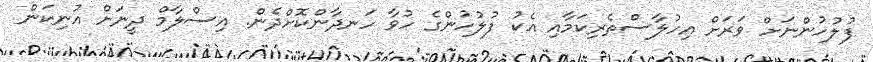
ފުލުހުންނަށް ވަރަށް އިހުލާސްތެރިކަމާއި އެކު ފުލުހުންގެ ހުވާ ހަނދާންކޮށްދެން. އިސްލާމް ދީނަށް އުނިކަން